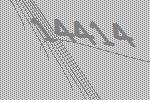
14414